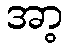
အာ့